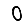
Digit: 0